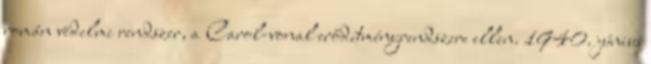
román védelmi rendszer, a Carol-vonal erődítményrendszere ellen. 1940. június